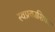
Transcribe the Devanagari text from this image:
स्वप्रकाशिका